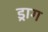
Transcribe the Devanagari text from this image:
ड्राग